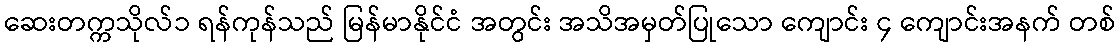
ဆေးတက္ကသိုလ်၁ ရန်ကုန်သည် မြန်မာနိုင်ငံ အတွင်း အသိအမှတ်ပြုသော ကျောင်း ၄ ကျောင်းအနက် တစ်